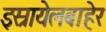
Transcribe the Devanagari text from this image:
इस्रायेलबाहेर